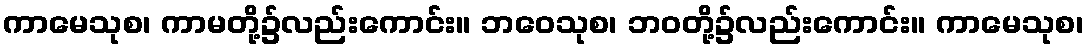
ကာမေသုစ၊ ကာမတို့၌လည်းကောင်း။ ဘဝေသုစ၊ ဘဝတို့၌လည်းကောင်း။ ကာမေသုစ၊